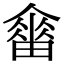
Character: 𤳋